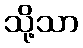
သို့သာ